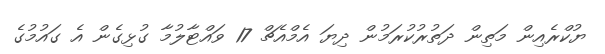
ޔުކްރެއިން މަތިން ދަތުރުކުރަމުން ދިޔަ އެމްއެޗް 17 ވައްޓާލުމާ ގުޅިގެން އެ ގައުމުގެ